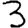
Digit: 3